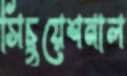
সিচুয়েশনাল